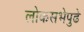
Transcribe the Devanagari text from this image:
लोकसभेपुढे